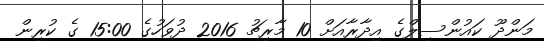
މަންދޫ ކައުންސިލްގެ އިދާރާއަށް 10 މާރިޗު 2016 ދުވަހުގެ 15:00 ގެ ކުރިން